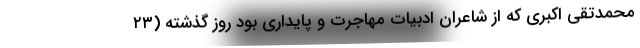
محمدتقی اکبری که از شاعران ادبیات مهاجرت و پایداری بود روز گذشته (۲۳